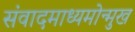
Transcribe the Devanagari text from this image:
संवादमाध्यमोन्मुख